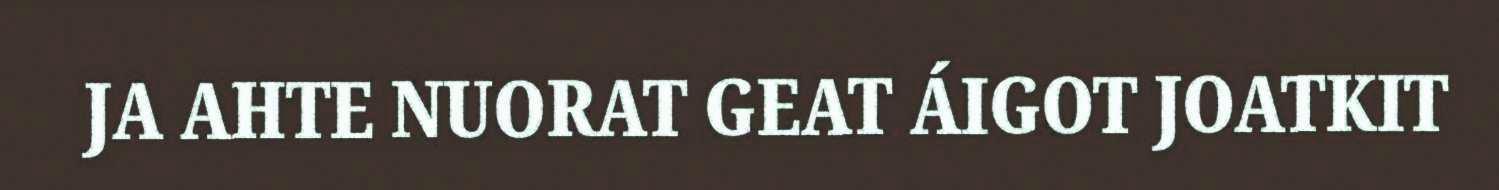
JA AHTE NUORAT GEAT ÁIGOT JOATKIT